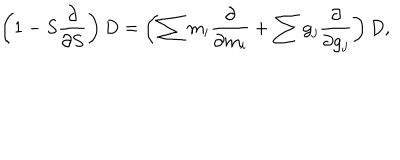
\left( 1 - S \frac { \partial } { \partial S } \right) D = \left( \sum m _ { i } \frac { \partial } { \partial m _ { i } } + \sum g _ { j } \frac \partial { \partial g _ { j } } \right) D ,